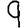
Digit: 9